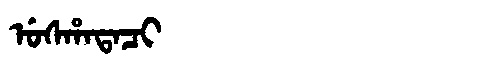
Manchu: ᡠᠰᡥᠠᡨᠠᠴᡳ
Romanization: USHATACI